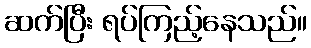
ဆက်ပြီး ရပ်ကြည့်နေသည်။